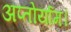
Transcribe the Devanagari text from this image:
अप्तोर्याम।